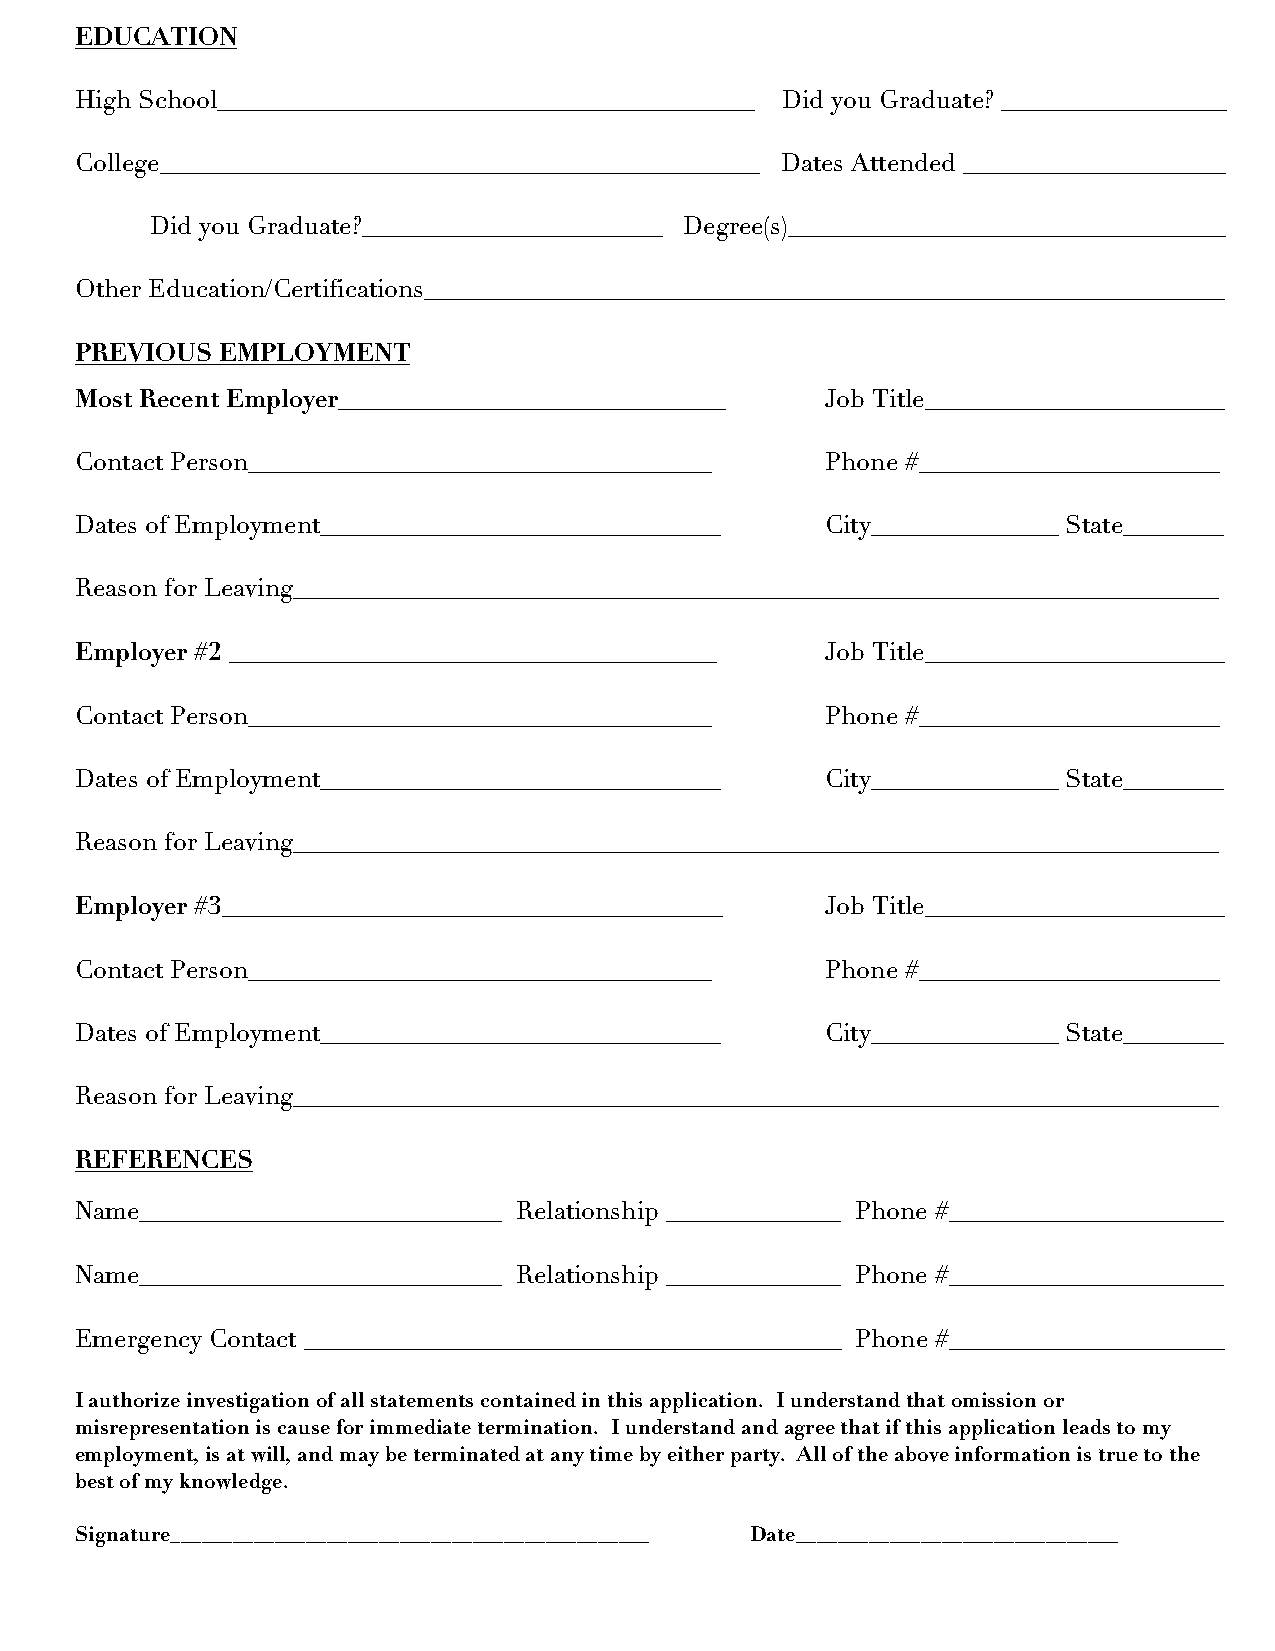
EDUCATION
 High School___________________________________________ Did you Graduate? __________________
 College________________________________________________ Dates Attended _____________________
 Did you Graduate?________________________ Degree(s)___________________________________
 Other Education/Certifications________________________________________________________________
 PREVIOUS EMPLOYMENT
 Most Recent Employer_______________________________ Job Title________________________
 Contact Person_____________________________________ Phone #________________________
 Dates of Employment________________________________ City_______________ State________
 Reason for Leaving__________________________________________________________________________
 Employer #2 _______________________________________ Job Title________________________
 Contact Person_____________________________________ Phone #________________________
 Dates of Employment________________________________ City_______________ State________
 Reason for Leaving__________________________________________________________________________
 Employer #3________________________________________ Job Title________________________
 Contact Person_____________________________________ Phone #________________________
 Dates of Employment________________________________ City_______________ State________
 Reason for Leaving__________________________________________________________________________
 REFERENCES
 Name_____________________________ Relationship ______________ Phone #______________________
 Name_____________________________ Relationship ______________ Phone #______________________
 Emergency Contact ___________________________________________ Phone #______________________
 I authorize investigation of all statements contained in this application. I understand that omission or
 misrepresentation is cause for immediate termination. I understand and agree that if this application leads to my
 employment, is at will, and may be terminated at any time by either party. All of the above information is true to the
 best of my knowledge.
 Signature______________________________________________ Date_______________________________